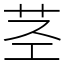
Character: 茎